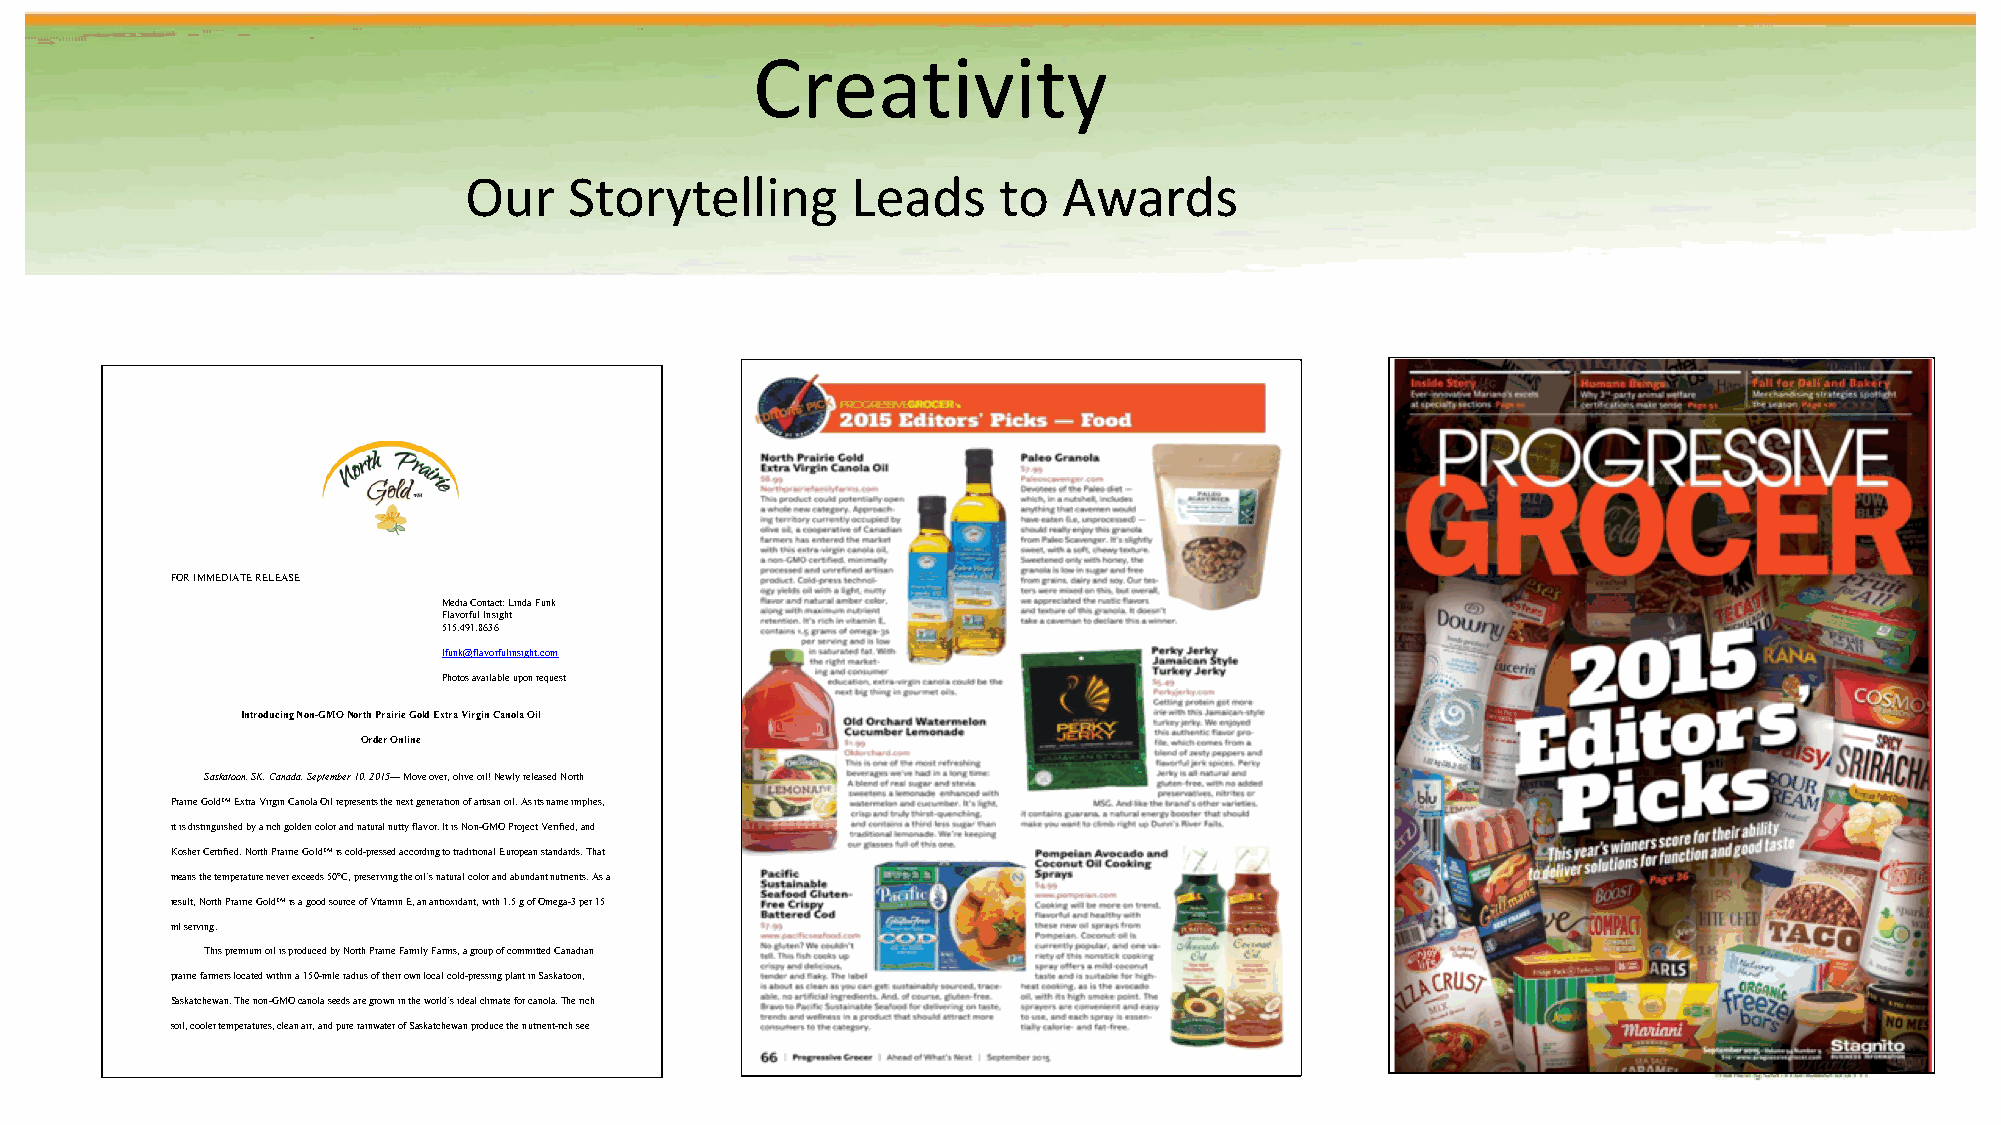
Creativity
 Our    Storytelling      Leads     to  Awards
 FOR IMMEDIATE RELEASE
 Media Contact: Linda Funk
 Flavorful Insight
 515.491.8636
 lfunk@flavorfulinsight.com
 Photos available upon request
 Introducing Non-GMO North Prairie Gold Extra Virgin Canola Oil
 Order Online
 Saskatoon, SK, Canada, September 10, 2015— Move over, olive oil! Newly released North
 Prairie Gold™ Extra Virgin Canola Oil represents the next generation of artisan oil. As its name implies,
 it is distinguished by a rich golden color and natural nutty flavor. It is Non-GMO Project Verified, and
 Kosher Certified. North Prairie Gold™ is cold-pressed according to traditional European standards. That
 means the temperature never exceeds 50°C, preserving the oil’s natural color and abundant nutrients. As a
 result, North Prairie Gold™ is a good source of Vitamin E, an antioxidant, with 1.5 g of Omega-3 per 15
 ml serving.
 This premium oil is produced by North Prairie Family Farms, a group of committed Canadian
 prairie farmers located within a 150-mile radius of their own local cold-pressing plant in Saskatoon,
 Saskatchewan. The non-GMO canola seeds are grown in the world’s ideal climate for canola. The rich
 soil, cooler temperatures, clean air, and pure rainwater of Saskatchewan produce the nutrient-rich see